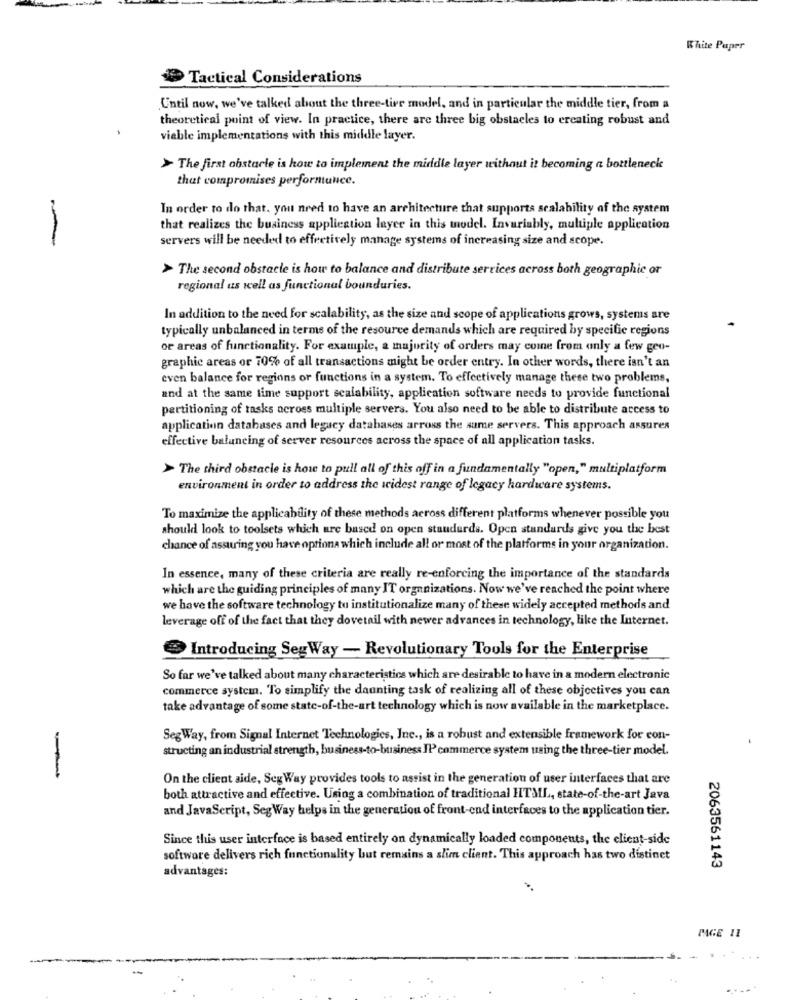
White Paper
Tactical Considerations
Until now, we've talked about the three-tier model, and in particular the middle tier, from a
theoretical point of view. In practice, there are three big obstacles to creating robust and
viable implementations with this middle layer.
> The first obstacle is how to implement the middle layer without it becoming a bottleneck
that compromises performance.
In order to do that. you need to have an architecture that supports scalability of the system
that realizes the business application layer in this model. Invariably, multiple application
-
servers will be needed to effectively manage systems of increasing size and scope.
> The second obstacle is how to balance and distribute services across both geographic or
regional as well as functional boundaries.
In addition to the need for scalability, as the size and scope of applications grows, systems are
typically unbalanced in terms of the resource demands which are required by specific regions
or areas of functionality. For example, a majority of orders may come from only a few geo-
graphic areas or 70% of all transactions might be order entry. In other words, there isn't an
even balance for regions or functions in a system. To effectively manage these two problems,
and at the same time support scalability, application software needs to provide functional
partitioning of tasks across multiple servers. You also need to be able to distribute access to
application databases and legacy databases arross the sume servers. This approach assures
effective balancing of server resources across the space of all application tasks.
> The third obstacle is how to pull all of this off in a fundamentally "open," multiplatform
environment in order to address the widest range of legacy hardware systems.
To maximize the applicability of these methods across different platforms whenever possible you
should look to toolsets which are based on open standards. Open standards give you the best
chance of assuring you have optiona which include all or most of the platforms in your organization.
In essence, many of these criteria are really re-enforcing the importance of the standards
which are the guiding principles of many IT organizations. Now we've reached the point where
we have the software technology tu institutionalize many of these widely accepted methods and
leverage off of the fact that they dovetail with newer advances in technology, like the Internet.
Introducing SegWay - Revolutionary Tools for the Enterprise
So far we've talked about many characteristics which are desirable to have in a modern electronic
commerce systemn. To simplify the daunting task of realizing all of these objectives you can
take advantage of some state-of-the-art technology which is now available in the marketplace.
SegWay, from Signal Internet Technologies, Inc ., is a robust and extensible framework for con-
structing an industrial strength, business-to-business IP commerce system using the three-tier model.
On the client side, Sey Way provides tools to assist in the generation of user interfaces that are
both attractive and effective. Using a combination of traditional HTML ., state-of-the-art Java
and JavaScript, Seg Way helps in the generation of front-end interfaces to the application tier.
Since this user interface is based entirely on dynamically loaded components, the client-side
software delivers rich functionality but remains a slim client. This approach has two distinct
advantages:
2063561143
PAGE 11